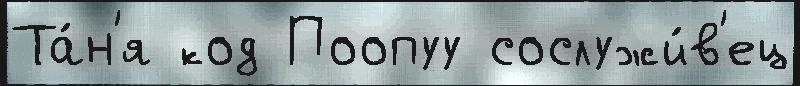
Та́н'я код Поопуу сослужи́в'ец